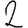
Digit: 2